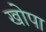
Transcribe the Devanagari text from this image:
खोपा